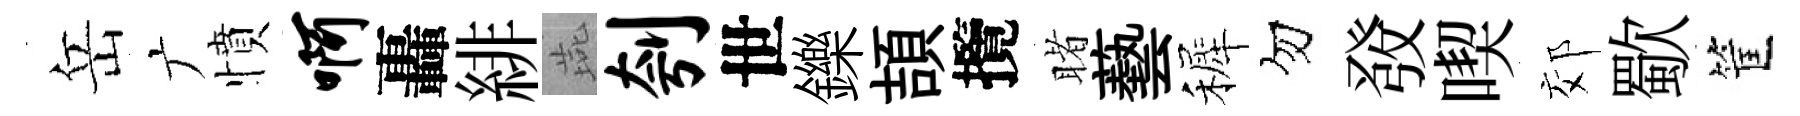
岳广憤啊轟緋燕刳世鑠頡攬睹藝裤勿𤼲喫郊歜筐